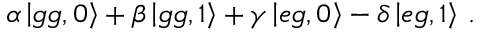
\alpha \left| g g , 0 \right\rangle + \beta \left| g g , 1 \right\rangle + \gamma \left| e g , 0 \right\rangle - \delta \left| \boldsymbol e g , \boldsymbol { 1 } \right\rangle \, .